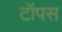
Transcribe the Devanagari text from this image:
टॉपस